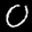
Label: 0